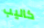
كاليب